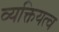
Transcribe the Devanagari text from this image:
व्यक्तियत्व